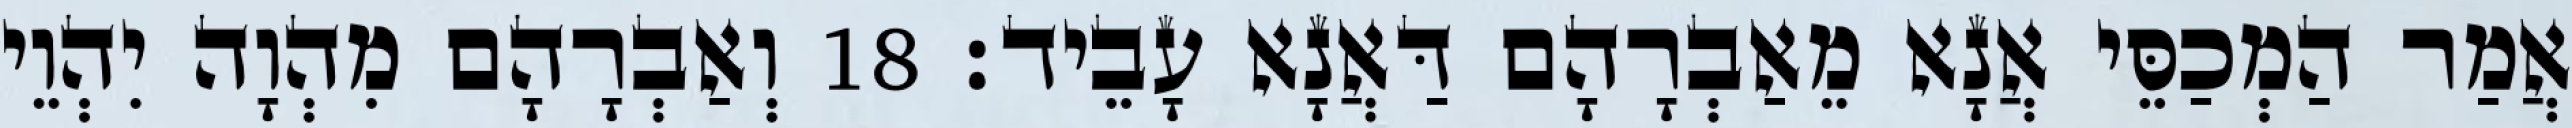
אֲמַר הַמְכַסֵּי אֲנָא מֵאַבְרָהָם דַּאֲנָא עָבֵיד׃ 18 וְאַבְרָהָם מִהְוָה יִהְוֵי